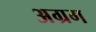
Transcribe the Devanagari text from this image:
अग्रग